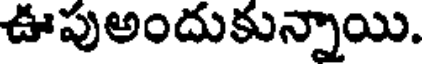
ఊపుఅందుకున్నాయి.